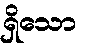
ရှိသော